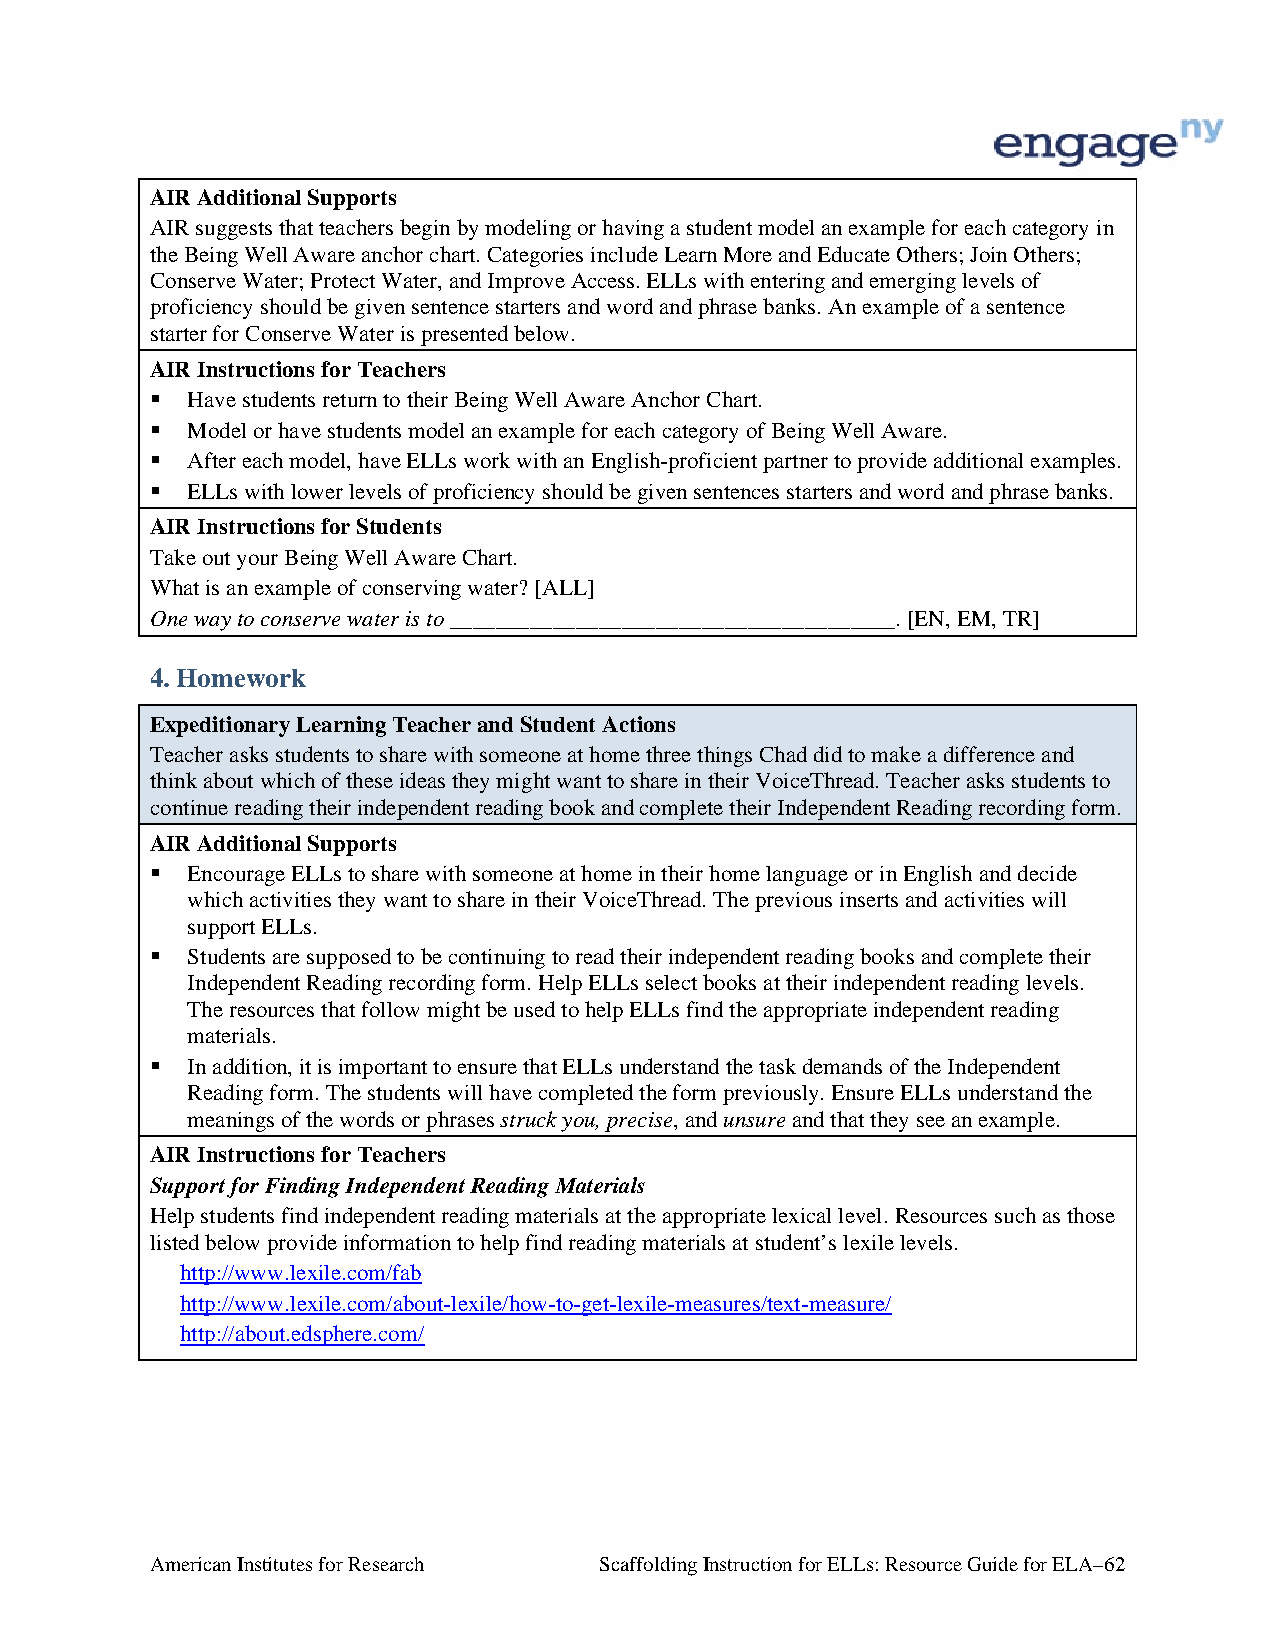
AIR Additional Supports
 AIR suggests that teachers begin by modeling or having a student model an example for each category in
 the Being Well Aware anchor chart. Categories include Learn More and Educate Others; Join Others;
 Conserve Water; Protect Water, and Improve Access. ELLs with entering and emerging levels of
 proficiency should be given sentence starters and word and phrase banks. An example of a sentence
 starter for Conserve Water is presented below.
 AIR Instructions for Teachers
  Have students return to their Being Well Aware Anchor Chart.
  Model or have students model an example for each category of Being Well Aware.
  After each model, have ELLs work with an English-proficient partner to provide additional examples.
  ELLs with lower levels of proficiency should be given sentences starters and word and phrase banks.
 AIR Instructions for Students
 Take out your Being Well Aware Chart.
 What is an example of conserving water? [ALL]
 One way to conserve water is to _______________________________________. [EN, EM, TR]
 4. Homework
 Expeditionary Learning Teacher and Student Actions
 Teacher asks students to share with someone at home three things Chad did to make a difference and
 think about which of these ideas they might want to share in their VoiceThread. Teacher asks students to
 continue reading their independent reading book and complete their Independent Reading recording form.
 AIR Additional Supports
  Encourage ELLs to share with someone at home in their home language or in English and decide
 which activities they want to share in their VoiceThread. The previous inserts and activities will
 support ELLs.
  Students are supposed to be continuing to read their independent reading books and complete their
 Independent Reading recording form. Help ELLs select books at their independent reading levels.
 The resources that follow might be used to help ELLs find the appropriate independent reading
 materials.
  In addition, it is important to ensure that ELLs understand the task demands of the Independent
 Reading form. The students will have completed the form previously. Ensure ELLs understand the
 meanings of the words or phrases struck you, precise, and unsure and that they see an example.
 AIR Instructions for Teachers
 Support for Finding Independent Reading Materials
 Help students find independent reading materials at the appropriate lexical level. Resources such as those
 listed below provide information to help find reading materials at student’s lexile levels.
 http://www.lexile.com/fab
 http://www.lexile.com/about-lexile/how-to-get-lexile-measures/text-measure/
 http://about.edsphere.com/
 American Institutes for Research Scaffolding Instruction for ELLs: Resource Guide for ELA–62